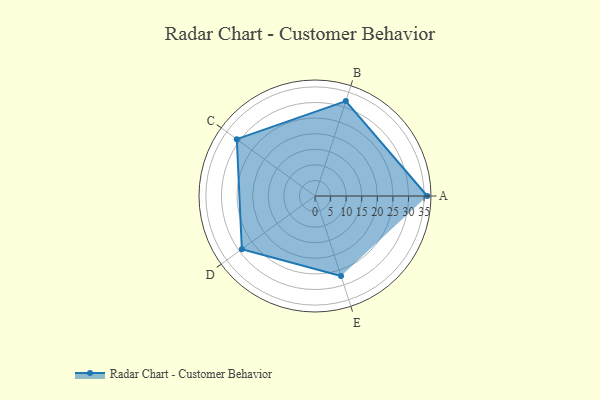
{"axis": {"x": "Skill", "y": "Score"}, "legend": ["Profile"], "data": [{"x": "A", "y": 36.0, "type": "Profile"}, {"x": "B", "y": 32.0, "type": "Profile"}, {"x": "C", "y": 31.0, "type": "Profile"}, {"x": "D", "y": 29.0, "type": "Profile"}, {"x": "E", "y": 27.0, "type": "Profile"}]}